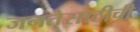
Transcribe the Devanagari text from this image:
जनतेसाठीची